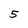
Character: 5